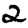
Digit: 2